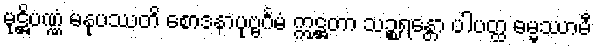
မုဋ္ဌိပဏ္ဏံ မနုပဿတိ စောဒနာပုဗ္ဗင်္ဂမံ ဣဋ္ဌတာ သဉ္စရန္တော ပါပတ္ထ ဓမ္မဿာမီ